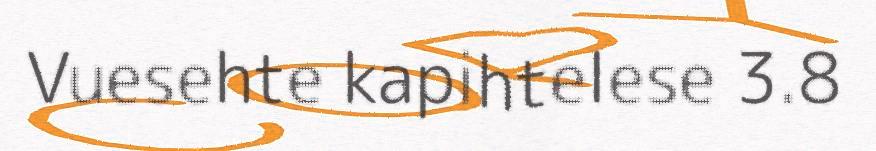
Vuesehte kapihtelese 3.8